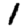
Digit: 1